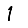
Digit: 1